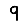
Digit: 9